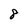
Character: 8